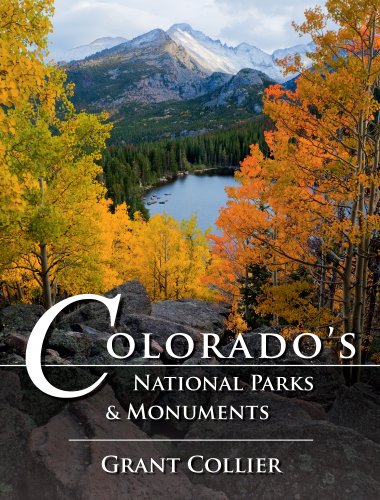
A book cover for Colorado's National Parks & Monuments; Grant Collier; Travel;